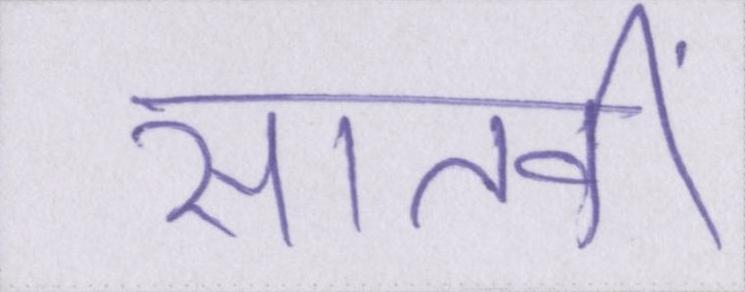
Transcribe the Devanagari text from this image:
सातवीं